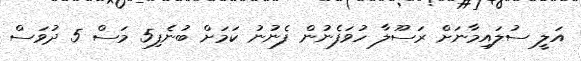
އަލީ ސުލައިމާނަށް ރަސޫލާ ހުވަފެނުން ފެނުނު ކަމަށް ބުނެފި5 މަސް 5 ދުވަސް